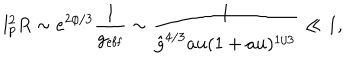
l _ { p } ^ { 2 } R \sim e ^ { 2 \phi / 3 } \frac { 1 } { g _ { \mathrm { e f f } } } \sim \frac { 1 } { \hat { g } ^ { 4 / 3 } a u ( 1 + a u ) ^ { 1 / 3 } } \ll 1 ,